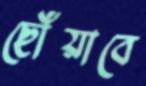
ছোঁয়াবে